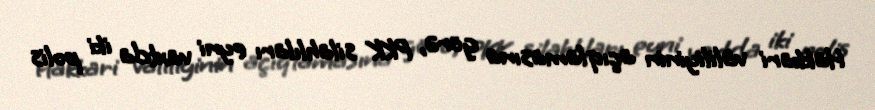
Hakkari valiliyinin açıqlamasına görə, PKK silahlıları eyni vaxtda iki polis